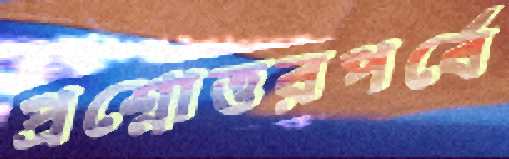
প্রশ্নোত্তরপর্বে